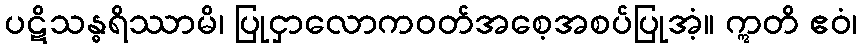
ပဋိသန္ဓရိဿာမိ၊ ပြုငှာလောကဝတ်အစေ့အစပ်ပြုအံ့။ ဣတိ ဧဝံ၊